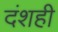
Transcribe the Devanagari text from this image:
दंशही